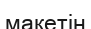
макетін